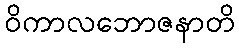
ဝိကာလဘောဇနာတိ